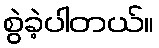
စွဲခဲ့ပါတယ်။